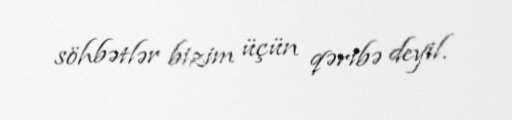
söhbətlər bizim üçün qəribə deyil.